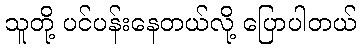
သူတို့ ပင်ပန်းနေတယ်လို့ ပြောပါတယ်